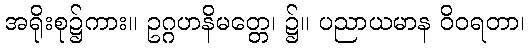
အရိုးစု၌ကား။ ဥဂ္ဂဟနိမတ္တေ၊ ၌။ ပညာယမာန ဝိဝရတာ၊